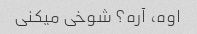
اوه، آره؟ شوخی میکنی